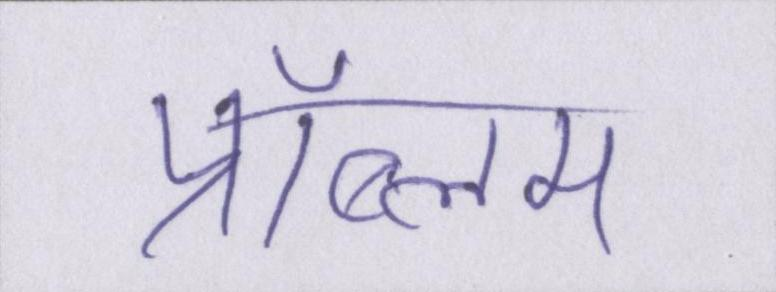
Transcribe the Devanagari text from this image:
प्रॉब्लम